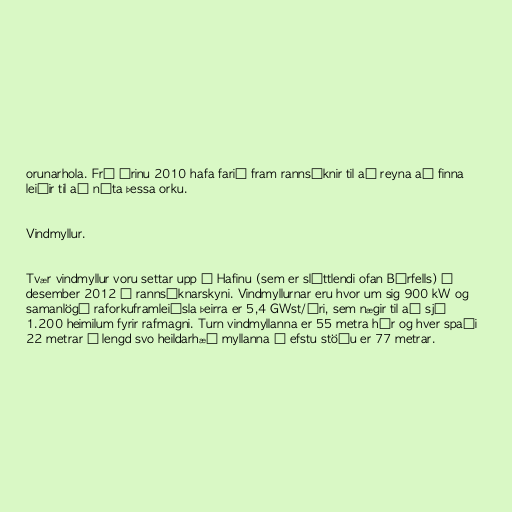
orunarhola. Frá árinu 2010 hafa farið fram rannsóknir til að reyna að finna
leiðir til að nýta þessa orku.

Vindmyllur.

Tvær vindmyllur voru settar upp á Hafinu (sem er sléttlendi ofan Búrfells) í
desember 2012 í rannsóknarskyni. Vindmyllurnar eru hvor um sig 900 kW og
samanlögð raforkuframleiðsla þeirra er 5,4 GWst/ári, sem nægir til að sjá
1.200 heimilum fyrir rafmagni. Turn vindmyllanna er 55 metra hár og hver spaði
22 metrar á lengd svo heildarhæð myllanna í efstu stöðu er 77 metrar.